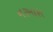
નરમાશ